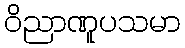
ဝိညာဏူပသမာ